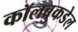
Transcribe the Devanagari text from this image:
कॉलब्रुकडेल